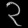
Digit: ၃